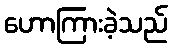
ဟောကြားခဲ့သည်